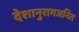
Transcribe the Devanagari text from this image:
देशानुरागजनित